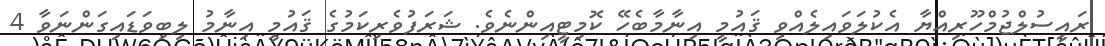
ރައީސުލްޖުމްހޫރިއްޔާ އެކުލަވައިލެއްވި ޤައުމީ އިނާމާބެހޭ ކޮމިޓީއިންނެވެ. ޝަރަފުވެރިކަމުގެ ޤައުމީ އިނާމު ލިބިވަޑައިގަންނަވާ 4